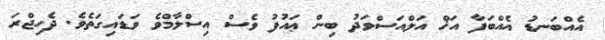
އެއްބަނޑު އެއްބަފާ އަޚް އަލްއަސްވަދު ބިން ޢައުފު ވެސް އިސްލާމްވެ ވަޑައިގަތެވެ. ދެހިޖްރަ